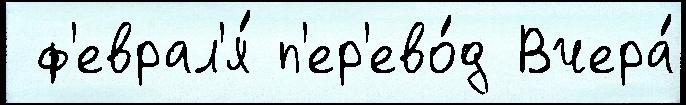
 ф'еврал'я́ п'ер'ево́д Вчера́